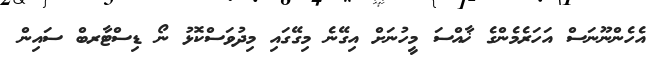
އެހެންނޫނަސް އަހަރެމެންގެ ޚާއްސަ މީހުނަށް އިގޭނެ މިގޭގައި މިދުވަސްކޮޅު ނޯ ޑިސްޓާރބް ސައިން